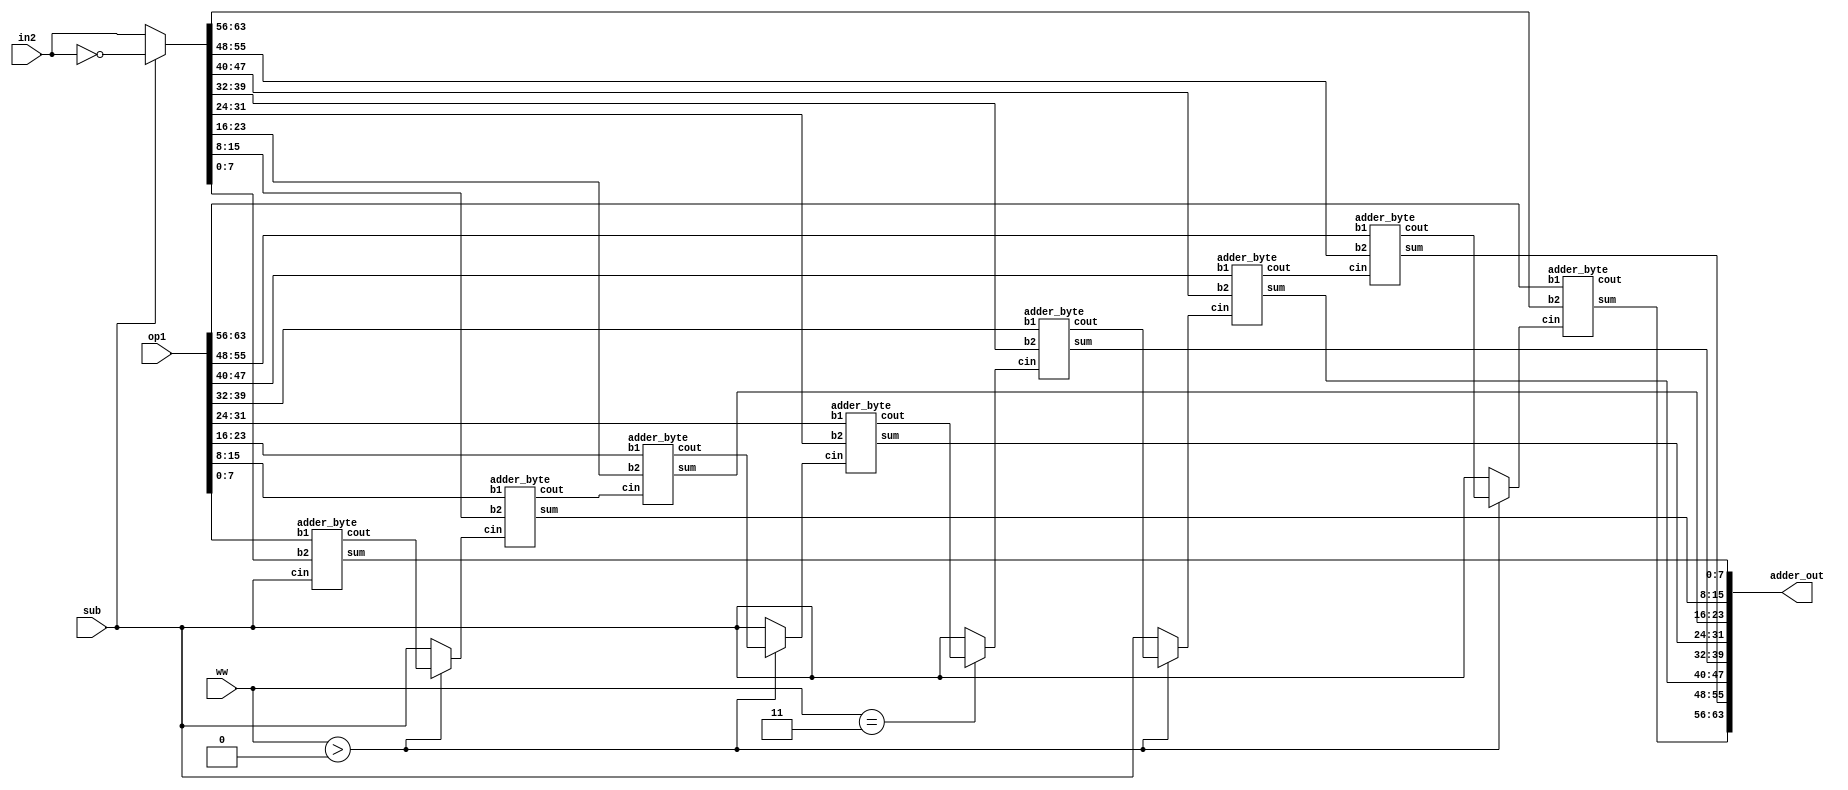
module lazy_adder(
	input [0:63] op1, in2,
	input [1:0] ww,
	output [0:63] adder_out,
	input sub
	//,input en
	);

	/*
	always @(en or data) begin
		if (en) begin
			in1
	*/

	wire [0:63] op2;

	assign op2 = sub ? ~in2: in2;


	wire [0:7] cins;
	wire [0:7] couts;

	assign cins[7] = sub;

	generate
		genvar b;
		for (b = 0; b < 8; b = b + 2)
			assign cins[b] = ww > 'b0 ? couts[b+1] : sub;
		for (b = 1; b < 8; b = b + 4)
			assign cins[b] = couts[b+1];
		assign cins[3] = ww == 'b11 ? couts[4] : sub;
	endgenerate

	generate
		genvar i;
		for (i = 0; i < 8; i = i + 1) begin
			adder_byte a_i(
				op1[i*8:i*8+7],
				op2[i*8:i*8+7],
				cins[i],
				adder_out[i*8:i*8+7],
				couts[i]
				);
		end
	endgenerate
endmodule

module adder_byte(
	input [0:7] b1, b2,
	input cin,
	output [0:7] sum,
	output cout
	);

	wire [8:0] s;
	
	assign s = b1 + b2 + cin;
	assign cout = s[8];
	assign sum = s[7:0];
endmodule